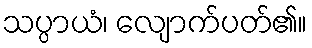
သပ္ပာယံ၊ လျောက်ပတ်၏။